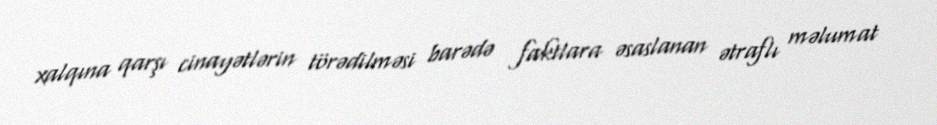
xalqına qarşı cinayətlərin törədilməsi barədə faktlara əsaslanan ətraflı məlumat